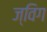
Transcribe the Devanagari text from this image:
ज्विग